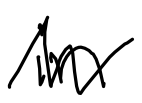
Text: in
Cross-out: mix
Writing tool: digital_black